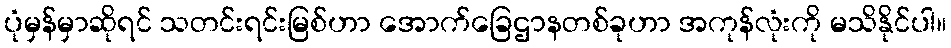
ပုံမှန်မှာဆိုရင် သတင်းရင်းမြစ်ဟာ အောက်ခြေဌာနတစ်ခုဟာ အကုန်လုံးကို မသိနိုင်ပါ။